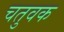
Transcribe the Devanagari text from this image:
चतुवक